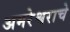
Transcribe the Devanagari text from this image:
अमरेश्वराचे